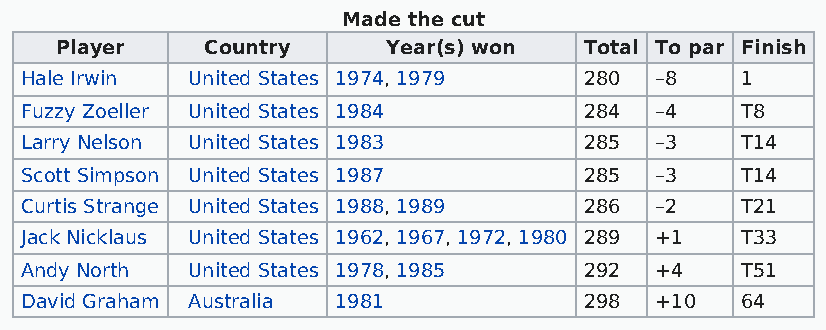
Made the cut
 Player    Country     Year(s) won  Total To par Finish
 Hale Irwin United States 1974, 1979   280 –8    1
 Fuzzy Zoeller United States 1984      284 –4    T8
 Larry Nelson United States 1983       285 –3    T14
 Scott Simpson United States 1987      285 –3    T14
 Curtis Strange United States 1988, 1989 286 –2  T21
 Jack Nicklaus United States 1962, 1967, 1972, 1980 289 +1 T33
 Andy North United States 1978, 1985   292 +4    T51
 David Graham Australia 1981           298 +10   64